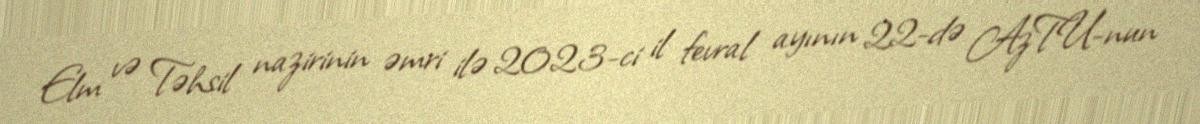
Elm və Təhsil nazirinin əmri ilə 2023-ci il fevral ayının 22-də AzTU-nun